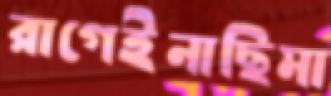
রাগেইনাছিমা